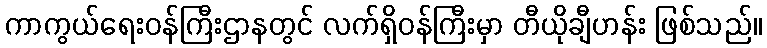
ကာကွယ်ရေးဝန်ကြီးဌာနတွင် လက်ရှိဝန်ကြီးမှာ တီယိုချီဟန်း ဖြစ်သည်။